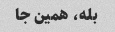
بله، همین جا